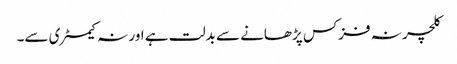
کلچر نہ فزکس پڑھانے سے بدلت ہے اور نہ کیمسٹری سے۔